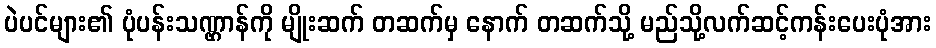
ပဲပင်များ၏ ပုံပန်းသဏ္ဌာန်ကို မျိုးဆက် တဆက်မှ နောက် တဆက်သို့ မည်သို့လက်ဆင့်ကန်းပေးပုံအား